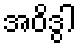
အဝိဒွါ